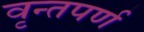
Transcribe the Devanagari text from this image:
वृन्तपर्ण